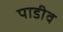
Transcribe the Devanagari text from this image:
पाडीव